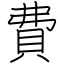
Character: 費